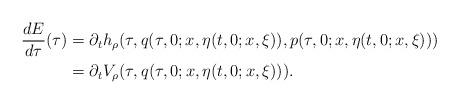
LaTeX: \begin{align*}\frac{dE}{d\tau}(\tau)&=\partial_t h_\rho(\tau,q(\tau,0;x,\eta(t,0;x,\xi)),p(\tau,0;x,\eta(t,0;x,\xi))) \\&=\partial_t V_\rho(\tau,q(\tau,0;x,\eta(t,0;x,\xi))).\end{align*}